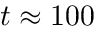
t \approx 1 0 0